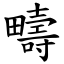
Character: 疇